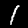
Label: 1